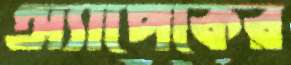
অ্যাপেকের